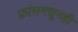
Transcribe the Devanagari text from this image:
फ्रांसमधूनही